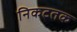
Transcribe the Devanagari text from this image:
निकटतक